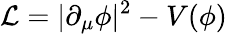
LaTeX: {\cal L}=|\partial_{\mu}\phi|^{2}-V(\phi)